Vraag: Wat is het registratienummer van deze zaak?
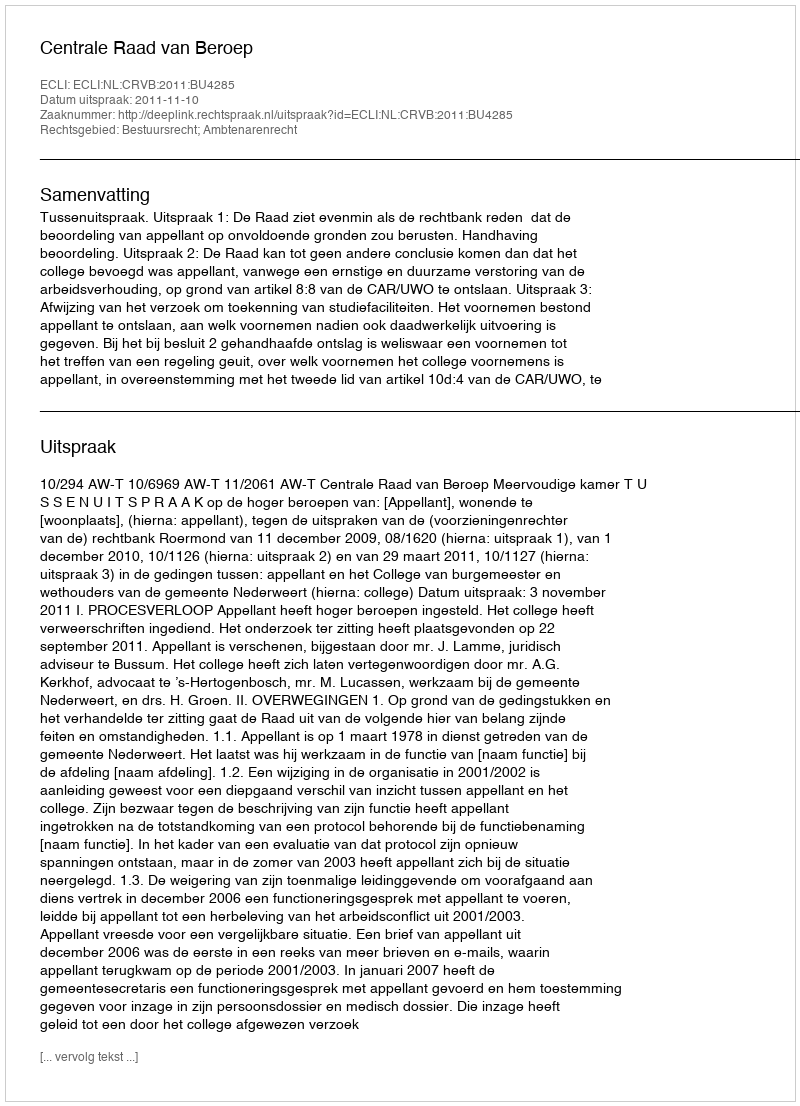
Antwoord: http://deeplink.rechtspraak.nl/uitspraak?id=ECLI:NL:CRVB:2011:BU4285